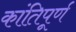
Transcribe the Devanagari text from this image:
कांतिपूर्ण